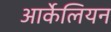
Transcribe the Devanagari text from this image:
आर्केलियन